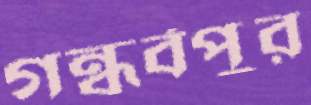
গন্ধর্বপুর